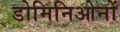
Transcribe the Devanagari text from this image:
डोमिनिओनों